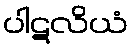
ပါဋလိယံ